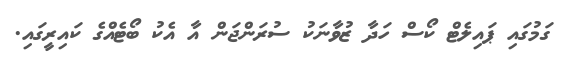
ގަމުގައި ޕައިލެޓް ކޯސް ހަދާ ޒުވާނަކު ސުރަންޖަން އާ އެކު ބޯޓެއްްގެ ކައިރީގައި.